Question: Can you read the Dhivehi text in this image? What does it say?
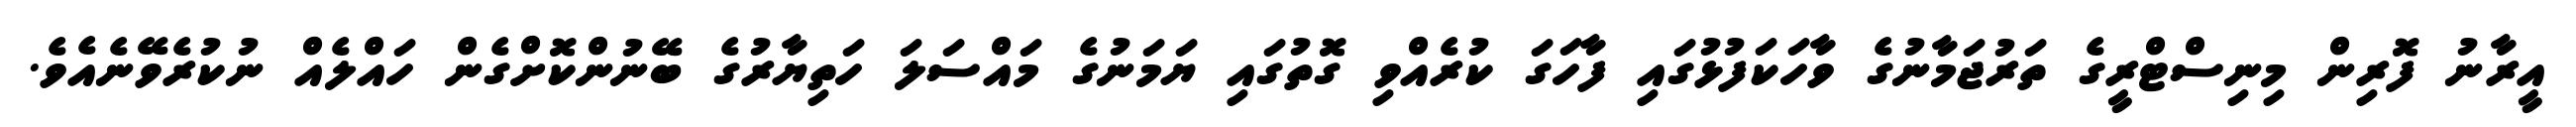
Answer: އީރާނު ފޮރިން މިނިސްޓްރީގެ ތަރުޖަމާނުގެ ވާހަކަފުޅުގައި ފާހަގަ ކުރެއްވި ގޮތުގައި ޔަމަނުގެ މައްސަލަ ހަތިޔާރުގެ ބޭނުންކޮށްގެން ހައްލެއް ނުކުރެވޭނެއެވެ.